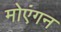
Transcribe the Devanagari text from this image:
मोएंगन